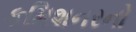
કમિશનરનો